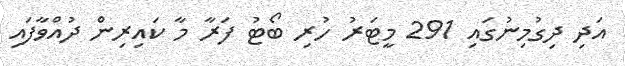
އަދި ދިގުމިނުގައި 291 މީޓަރު ހުރި ބޯޓު ފަރާ މާ ކައިރިން ދުއްވާފައި